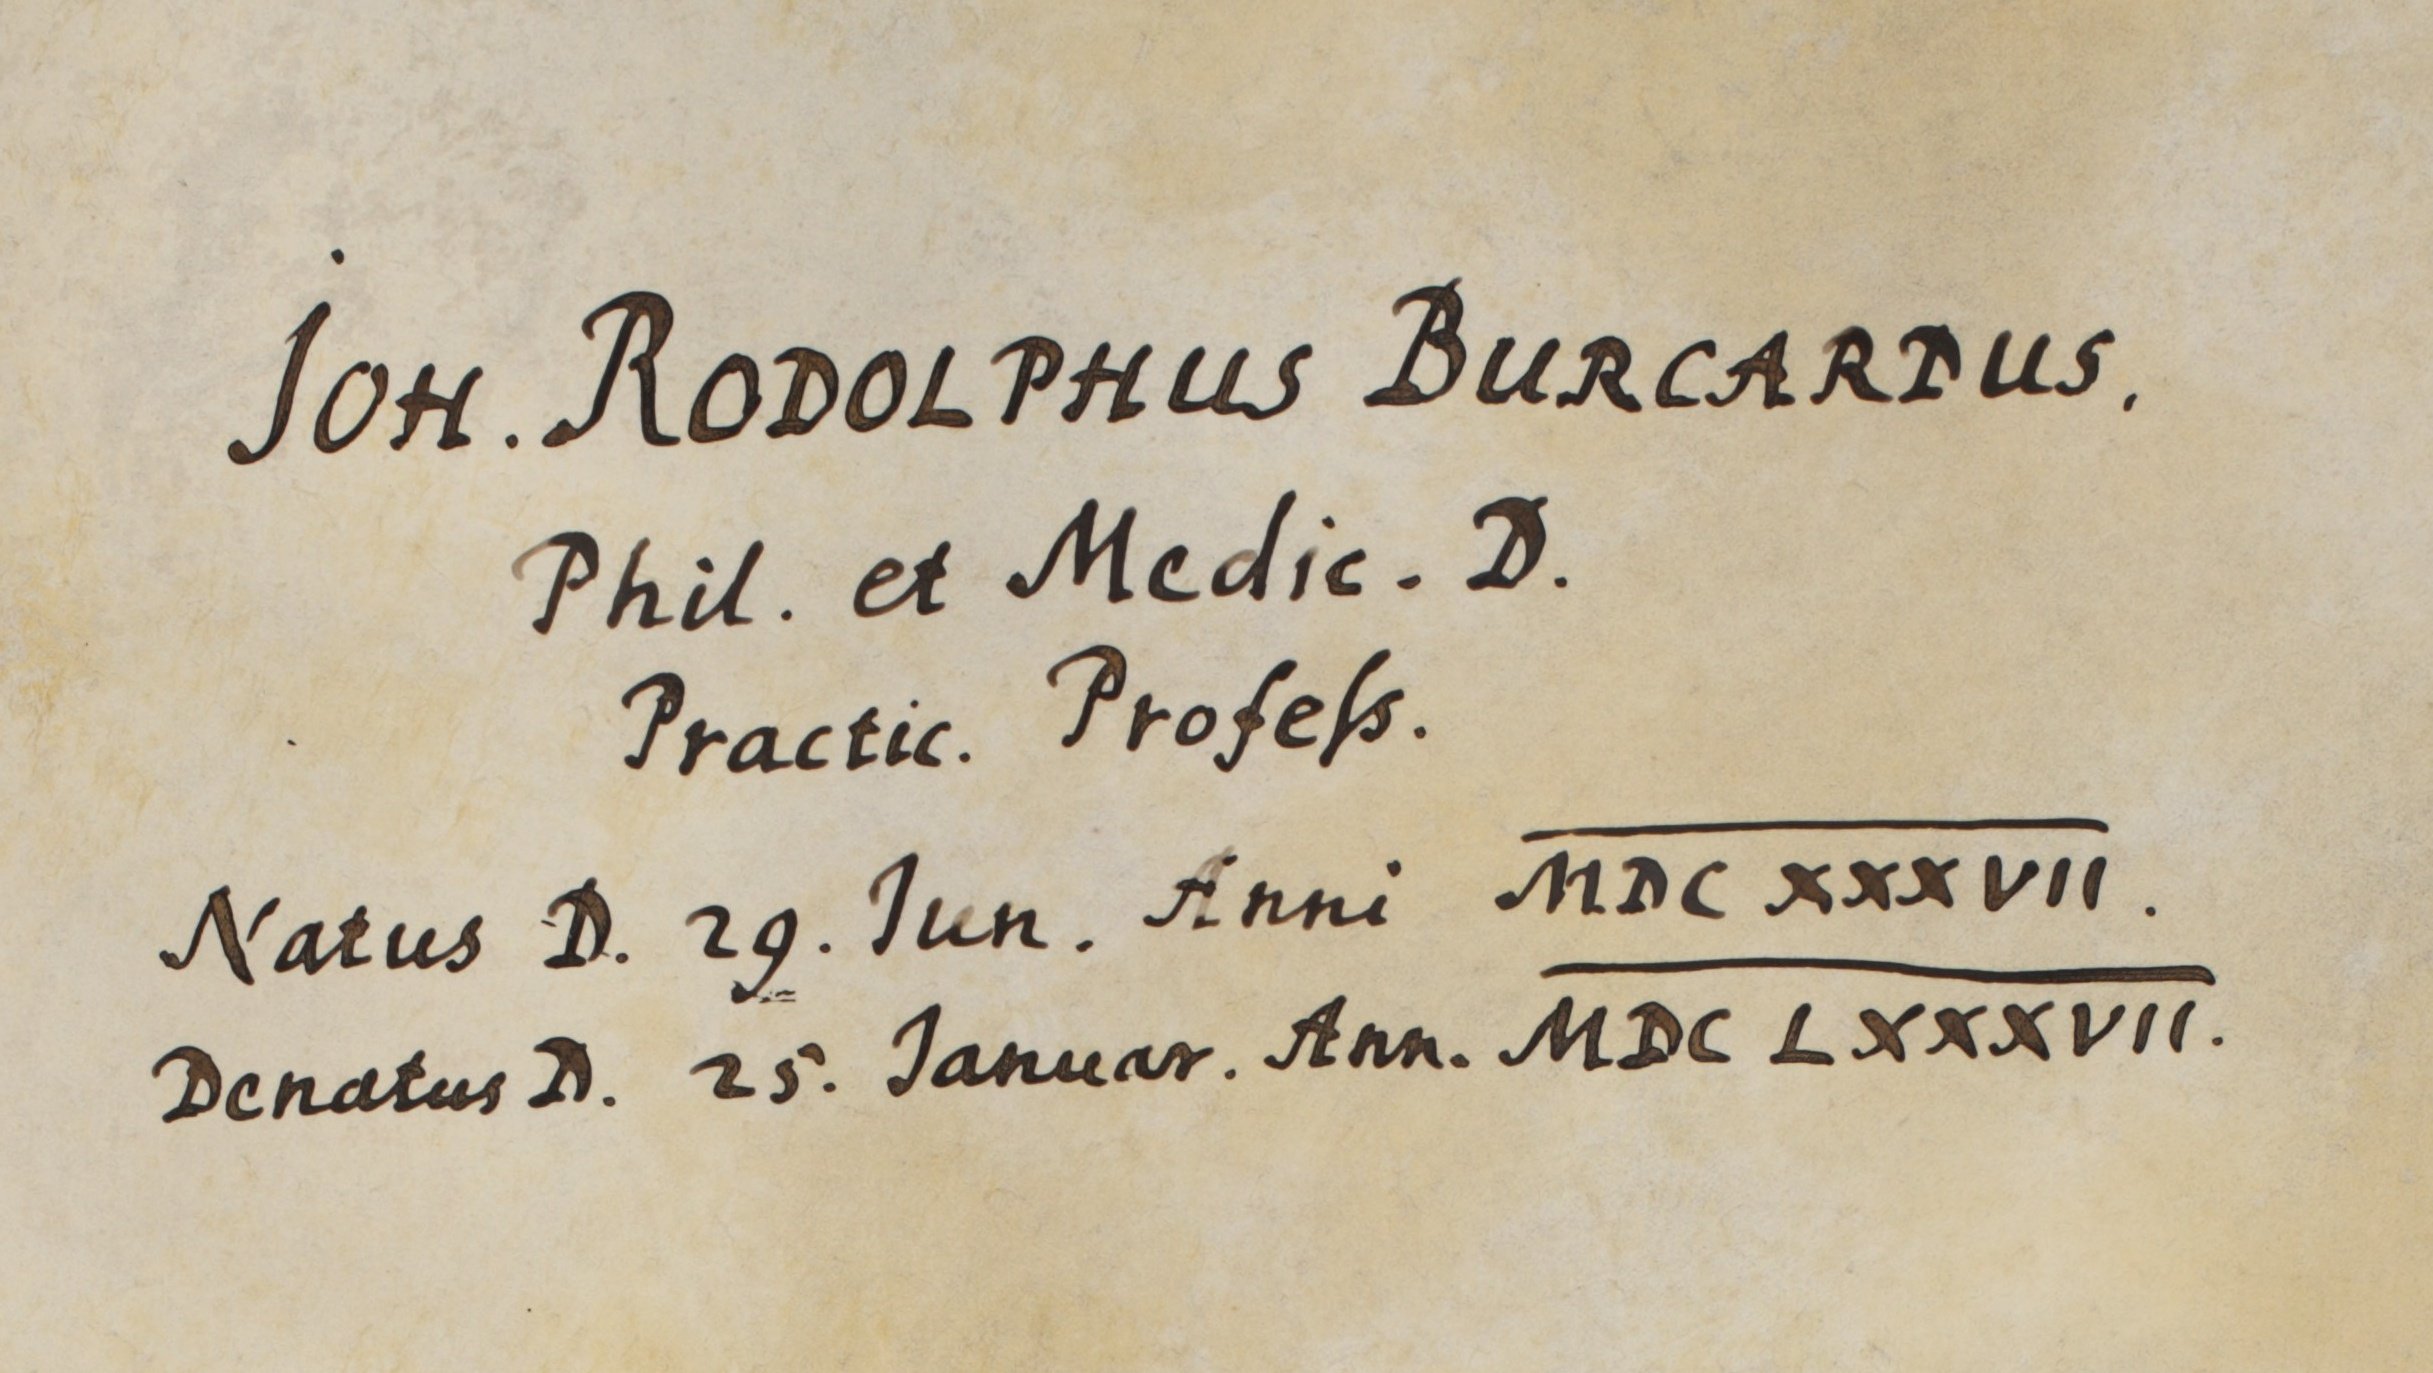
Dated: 1654–1764